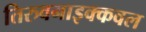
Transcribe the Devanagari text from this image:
तिरुवनाइक्कवल